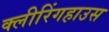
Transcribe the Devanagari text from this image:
क्लीरिंगहाउस